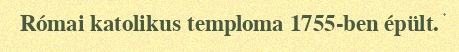
Római katolikus temploma 1755-ben épült.